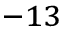
^ { - 1 3 }